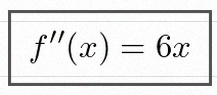
f''(x)=6x